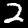
Digit: 2